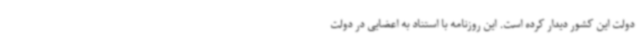
دولت این کشور دیدار کرده است. این روزنامه با استناد به اعضایی در دولت